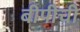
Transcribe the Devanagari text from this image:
बीपीची